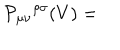
LaTeX: { \cal P } _ { \mu \nu } { } ^ { \rho \sigma } ( V ) =